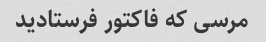
مرسی که فاکتور فرستادید